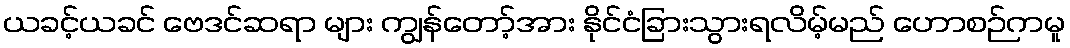
ယခင့်ယခင် ဗေဒင်ဆရာ များ ကျွန်တော့်အား နိုင်ငံခြားသွားရလိမ့်မည် ဟောစဉ်ကမူ